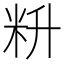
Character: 𰪮